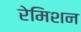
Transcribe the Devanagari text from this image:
रेमिशन